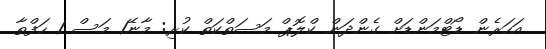
އަހަރެން ޑޯޓްމަންޑަށް ގެންދަން ކްލޮޕް މަސަތްކަތް ކުރި: މާނޭ1 މަސް 1 ހަފްތާ